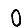
Digit: 0